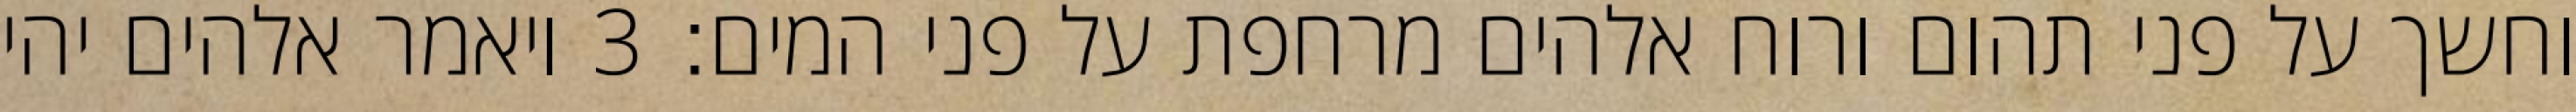
וחשך על פני תהום ורוח אלהים מרחפת על פני המים׃ ‎3‏ ויאמר אלהים יהי